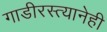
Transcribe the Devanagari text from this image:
गाडीरस्त्यानेही